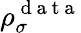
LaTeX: \rho_{\sigma}^{\mathrm{~d~a~t~a~}}